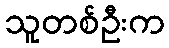
သူတစ်ဦးက